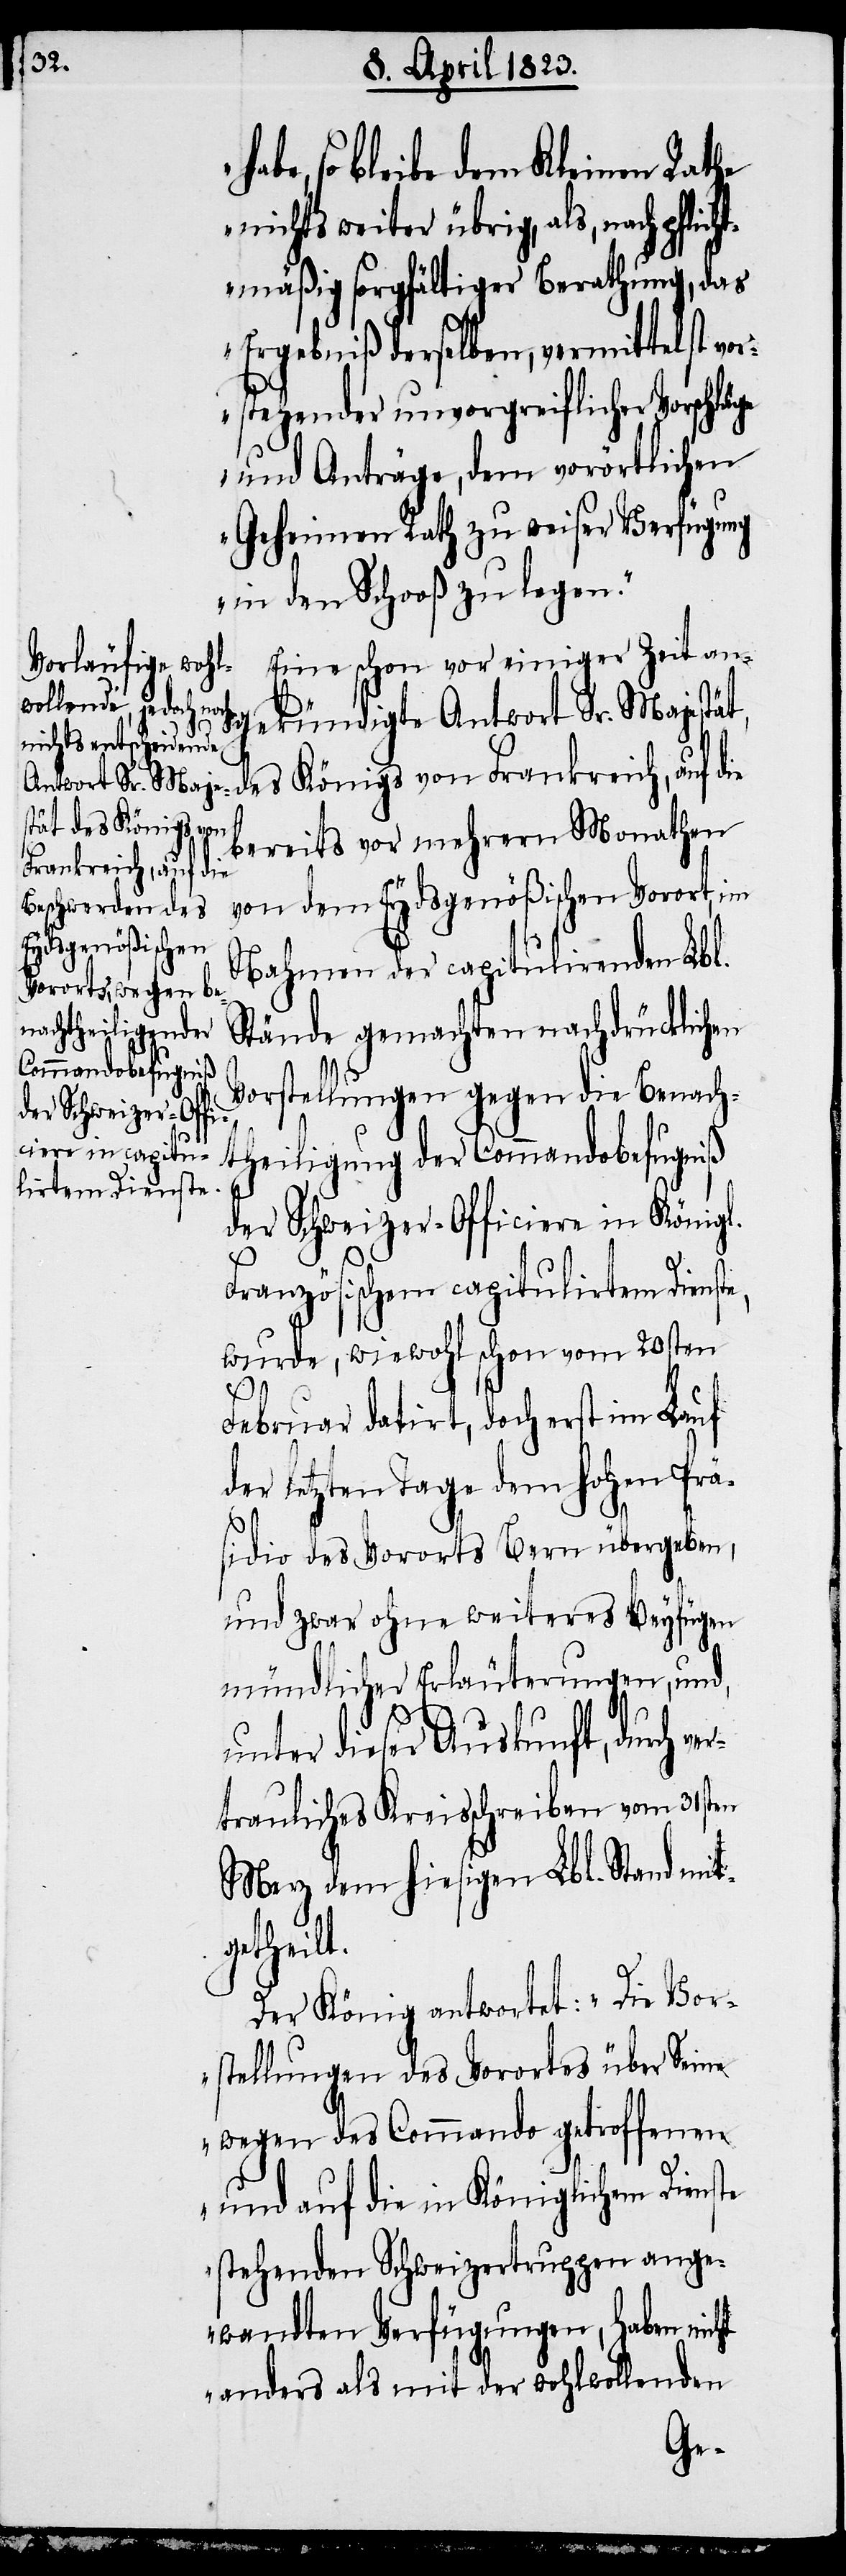
habe, so bleibe dem Kleinen Rathe
nichts weiter übrig, als, nach pflic¬
htmäßig sorgfältiger Berathung, das
Ergebniß derselben, vermittelst vo¬
rstehender unvorgreiflicher Vorschlä¬
und Anträge, dem vorörtlichen
Geheimen Rath zu weiser Verfügung
in den Schooß zu legen.“
Eine schon vor einiger Zeit an¬
gekündigte Antwort Sr. Majest¬
ät, des Königs von
bereits vor mehrern Monathen
Frankreich, auf die
von dem Eydsgenößischen Vorort, im
Nahmen der capitulirenden Lbl.
Stände gemachten nachdrücklichen
Vorstellungen gegen die Benach¬
theiligung der Commandobefugniß
der Schweizer-Officiere in Königl.
Französischem capitulirtem Dienst¬
wurde, wiewohl schon vom 20sten
Februar datirt, doch erst im Lauf
der letzten Tage dem hohen Prä¬
sidio des Vororts Bern übergeben,
und zwar ohne weiteres Beyfügen
mündlicher Erläuterungen, und,
unter dieser Auskunft, durch v¬
trauliches Kreisschreiben vom 31sten
Merz dem hiesigen Lbl. Stand mit¬
getheilt.
Der König antwortet: „Die Vor¬
stellungen des Vorortes über Seine
wegen des Commando getroffenen
er¬
und auf die in Königlichem Dienste
stehenden Schweizertruppen ange¬
wandten Verfügungen, haben nicht
anders als mit der wohlwollenden